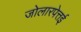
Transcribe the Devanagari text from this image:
जोलारपेत्तई